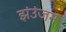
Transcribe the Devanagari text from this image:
झंउंजन